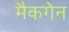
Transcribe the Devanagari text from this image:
मैकगेन